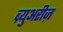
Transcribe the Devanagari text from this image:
ब्र्युअरीज़